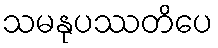
သမနုပဿတိပေ